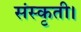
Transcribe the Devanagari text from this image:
संस्कृती।